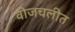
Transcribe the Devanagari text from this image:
वीजचलीत